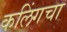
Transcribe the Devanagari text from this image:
कलिंगचा